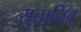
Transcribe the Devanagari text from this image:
सुतानिव